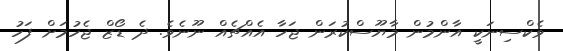
ވެކްސިނަކީ އާންމުން މާޔޫސްކުރަން ޖަހާ އެއްޗެއް ނޫނެވެ. ދެ ޑޯޒް ޖެހުމަށް ފަހު